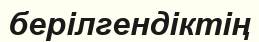
берілгендіктің